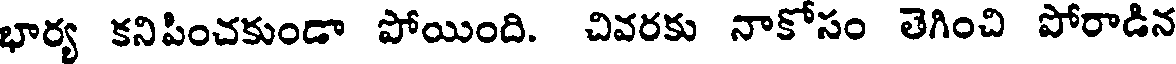
భార్య కనిపించకుండా పోయింది. చివరకు నాకోసం తెగించి పోరాడిన